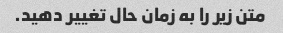
متن زیر را به زمان حال تغییر دهید.